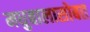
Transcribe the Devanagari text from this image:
मधुबालासोबत